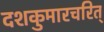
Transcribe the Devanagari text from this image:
दशकुमारचरित्‌